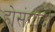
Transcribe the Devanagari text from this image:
होसंगादी